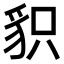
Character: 𧲻